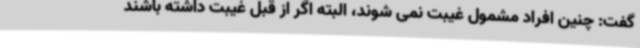
گفت: چنین افراد مشمول غیبت نمی شوند، البته اگر از قبل غیبت داشته باشند